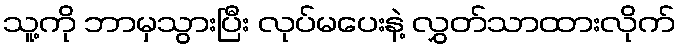
သူ့ကို ဘာမှသွားပြီး လုပ်မပေးနဲ့ လွှတ်သာထားလိုက်